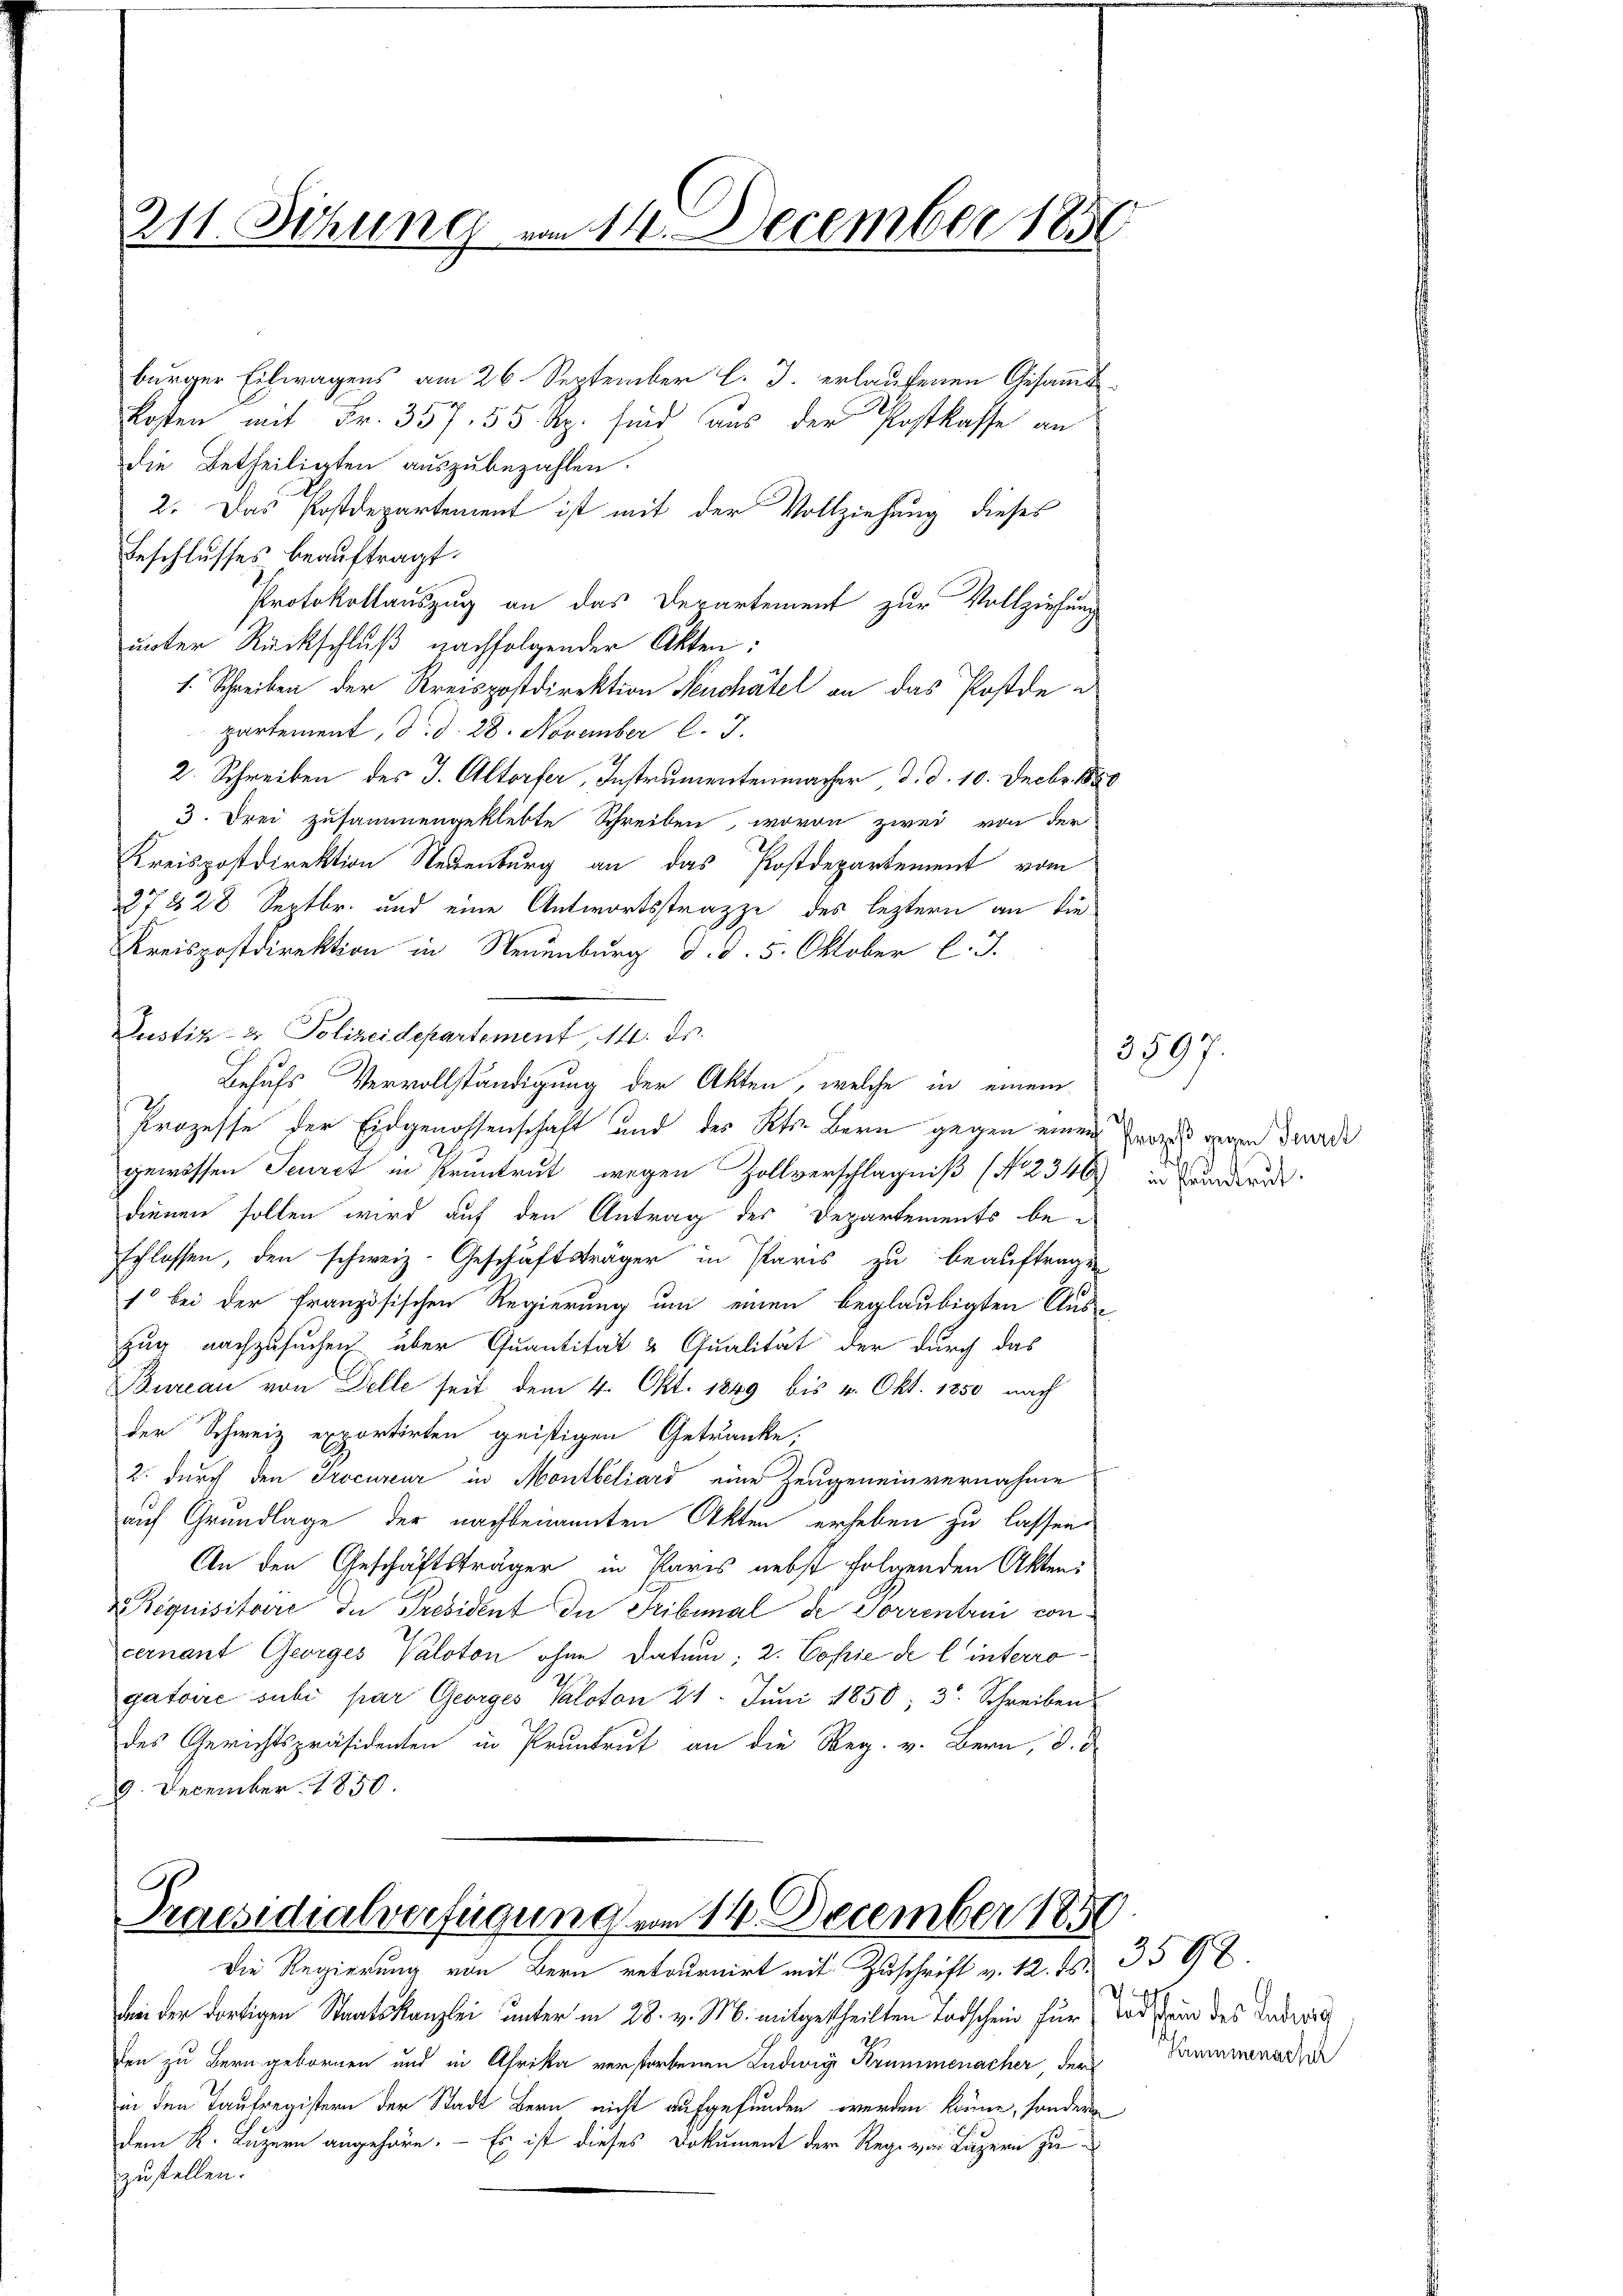
211. Sitzung vom 11. December 1850

burger Eilwagens am 26. September l. J. erlaufenen Gesammt
Kosten mit Fr. 357. 55 Rp. sind aus der Postkasse an
die Betheiligten auszubezahlen.
2. Das Postdepartement ist mit der Vollziehung dieses
Beschlusses beauftragt.
Protokollauszug an das Departement zur Vollziehung
unter Rückschluß nachfolgender Akten:
. Schreiben der Kreispostdirektion Seuchâtel an das Postdeu
partement, d. d. 28. November l. J.
2. Schreiben des J. Altorfer, Instrumentenmacher d. d. 10. Decbr. 1880
3. Drei zusammengeklebte Schreiben, wovon zwei von der
Kreispostdirektion Neuenburg an das Postdepartement vom
27 & 28 Septbr. und eine Antwortsstrazze des leztern an die¬
Kreispostdirektion in Neuenburg d. d. 5. Oktober l. J.
Justiz- & Polizeidepartement, 14. ds.
Behufs Vervollständigung der Akten, welche in einem
Prozesse der Eidgenossenschaft und des Kts. Bern gegen einen Erwies gegen duarde
gewissen Seurct in Pruntrut wegen Zollverschlagniß (No 2346 in Bundern
dienen sollen wird auf den Antrag des Departements be-
schlossen, den schweiz. Geschäftsträger in Paris zu beauftragen
1 bei der französischen Regierung um einen beglaubigten Aus-
Zug nachzusuchen über Quantität & Qualität der durch das
Bureau von Delle seit dem 4. Okt. 1849 bis 4. Okt. 1850 nach
der Schweiz exportirten geistigen Getränke;
2. durch den Procureur in Montbeliard eine Zeugeneinvernahme
auf Grundlage der nachbenannten Akten erheben zu lassen.
An den Geschäftsträger in Paris nebst folgenden Akten:
equisitaire de Président du Tribunal de Forrentrui con
cernant Georges Valoton ohne Datum; 2. Copie de l. interrogatoire subi par Georges Valoton 21. Juni 1850; 3. Schreiben
des Gerichtspräsidenten in Pruntrut an die Reg. v. Bern, d. d
9. December 1850.

Praesidialverfügung vom 14. December 1890
Die Regierung von Bern retournirt mit Zuschrift v. 12. ds.

d

bei der dortigen Staatskanzlei unter in 28. v. M. mitgetheilten Todschein für wo ein des Indivis
den zu Bern gebornen und in Afrika verstorbenen Ludwig Krummenacher, der
in den Taufregistern der Stadt Bern nicht aufgefunden werden könne, sondern
dem K. Luzern angehöre. — Es ist dieses Dokument der Rege von Luzern zu
zustellen.

e

3597.

3592.

Krummenachr